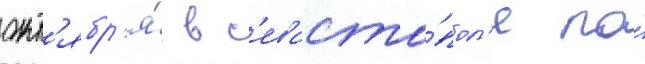
окт'ябр'я́ в с'евасто́пол'е по́